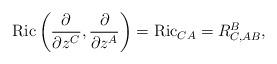
LaTeX: \begin{align*}{\rm Ric}\left(\frac{\partial}{\partial z^C},\frac{\partial}{\partial z^A}\right)={\rm Ric}_{CA}=R^B_{C,AB},\end{align*}